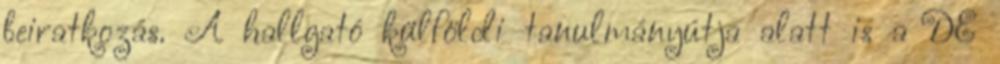
beiratkozás. A hallgató külföldi tanulmányútja alatt is a DE